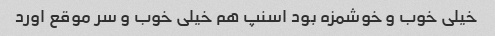
خیلی خوب و خوشمزه بود اسنپ هم خیلی خوب و سر موقع اورد